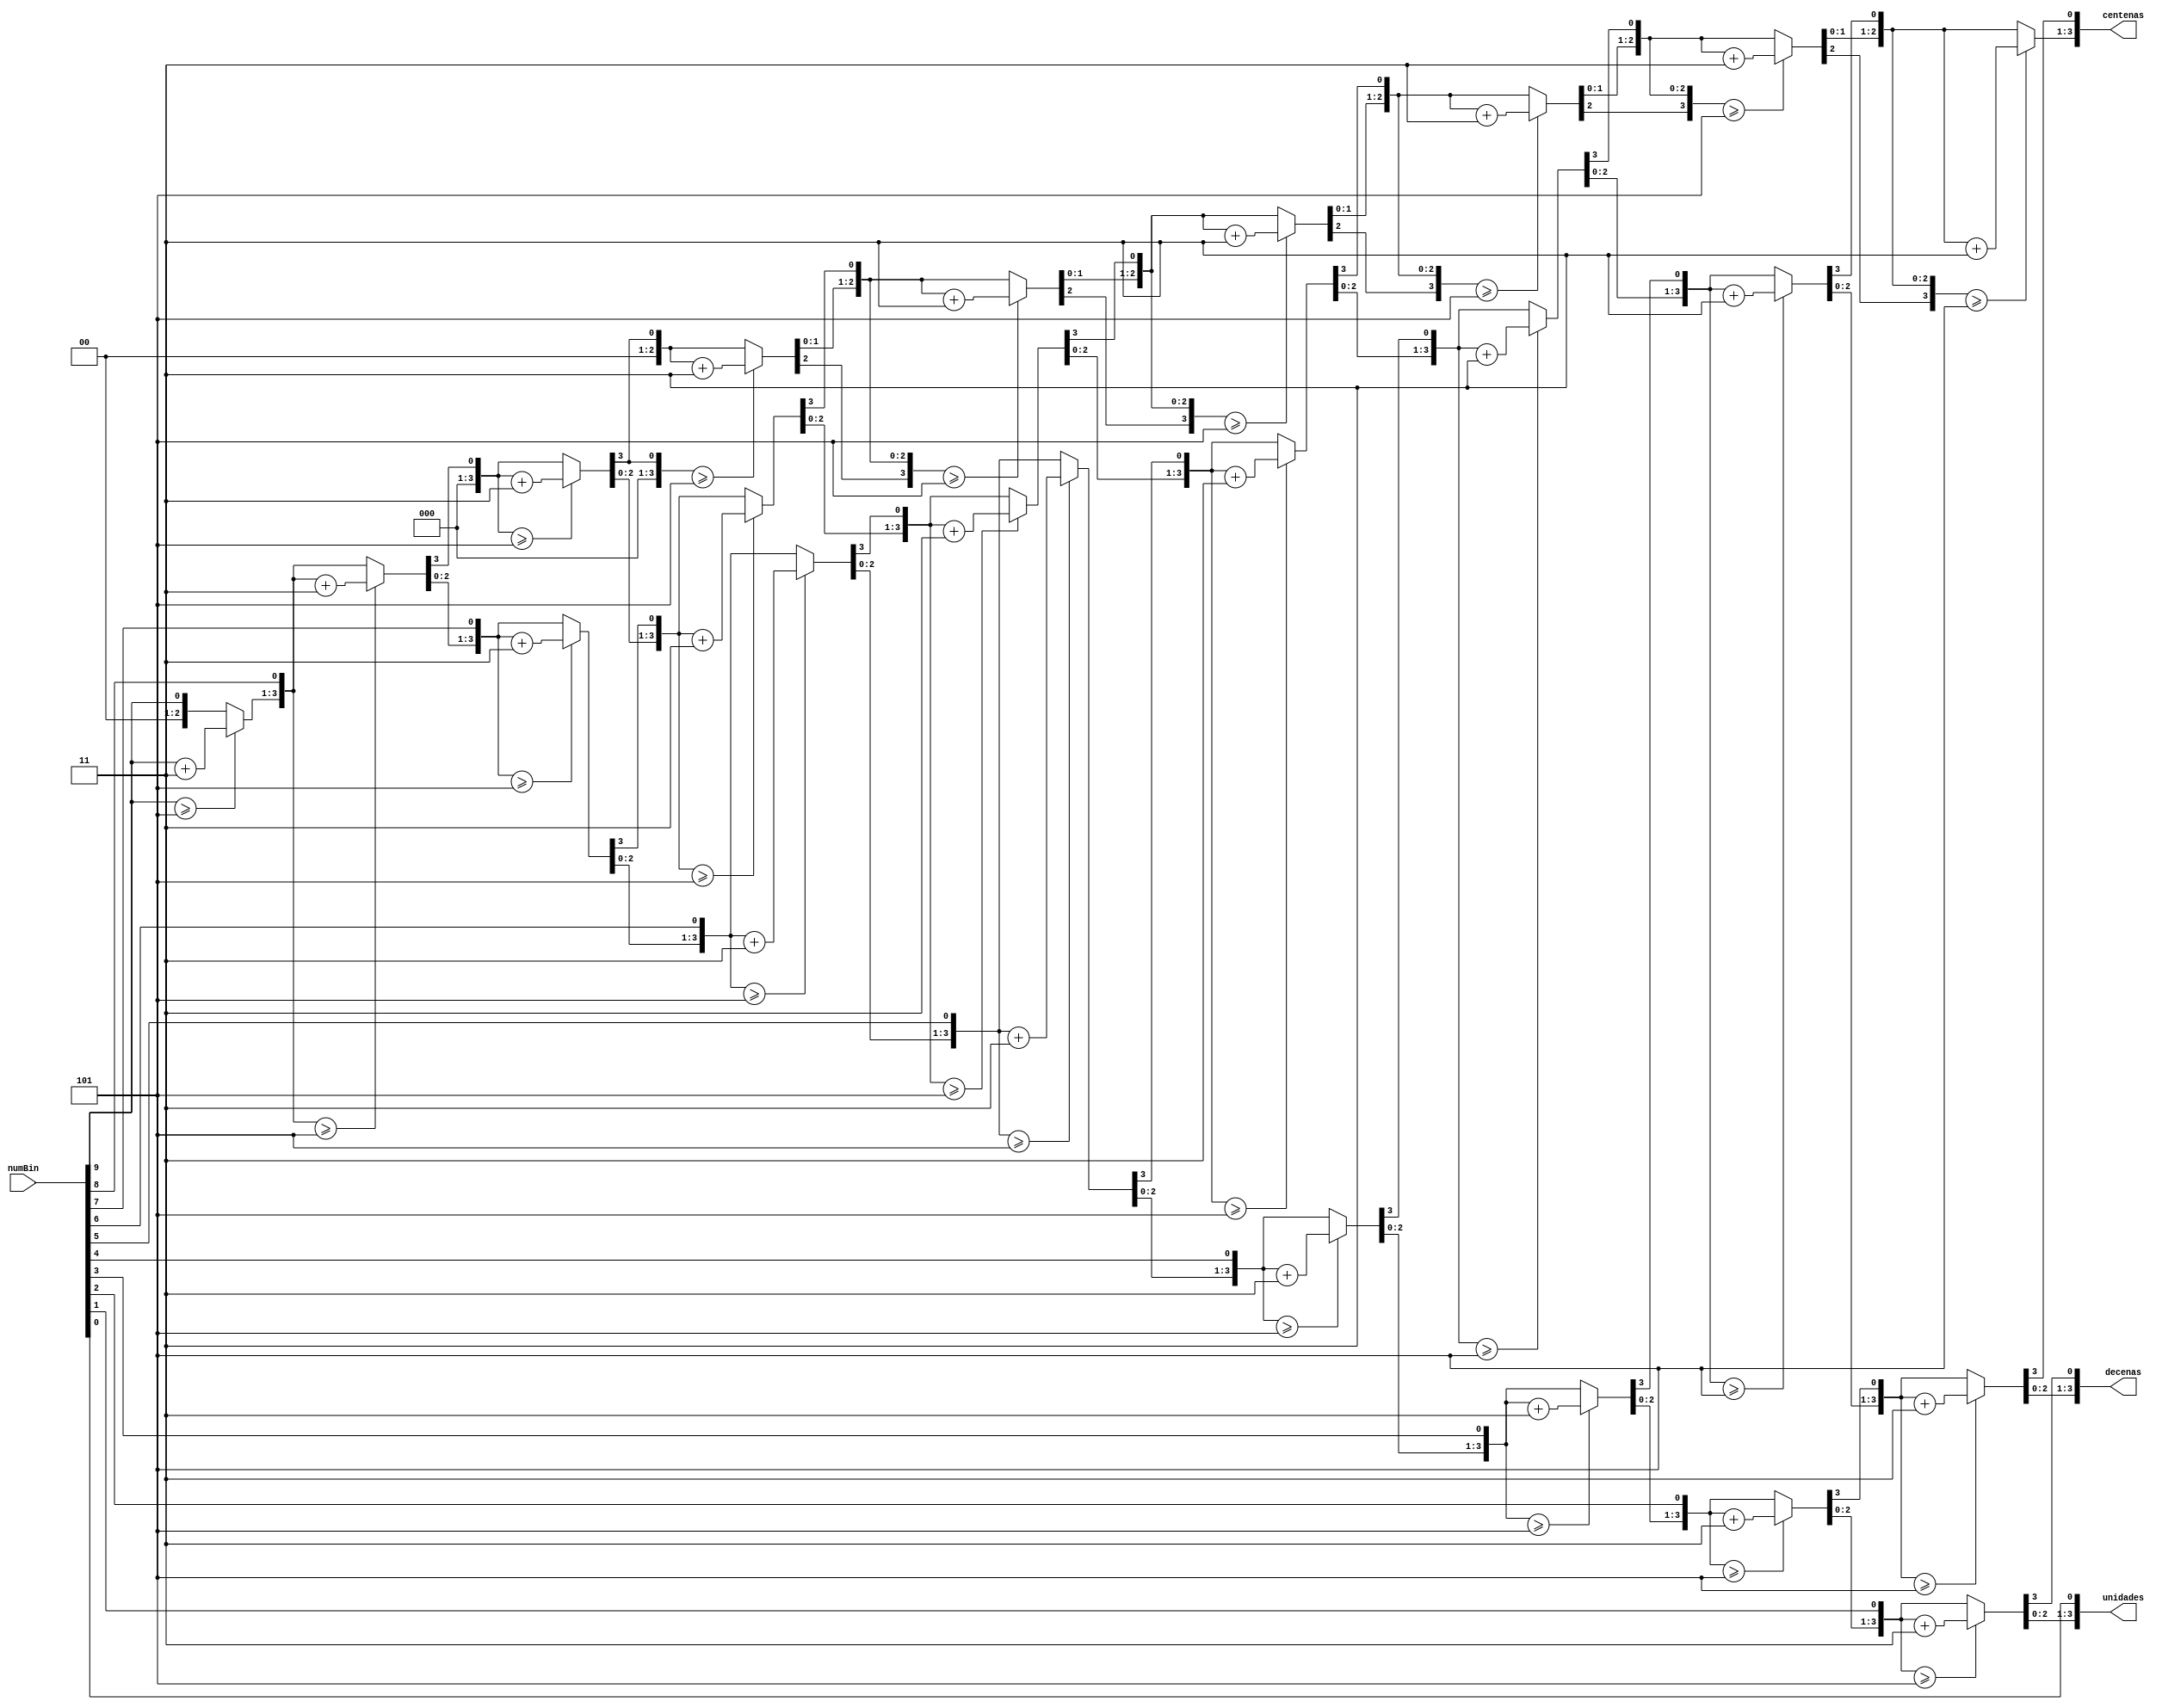
`timescale 1ns / 1ps
/*
	modulo que obtiene el BCD de un numero.
	sirve para 999.
*/
module Bin_to_BCD(
	input [9:0] numBin,
	output reg [3:0] centenas,
	output reg [3:0] decenas,
	output reg [3:0] unidades
);

	integer i;
	always @(numBin) begin
		centenas = 4'd0;
		decenas = 4'd0;
		unidades = 4'd0;
		
		for(i = 9; i >= 0; i = i -1) begin
			if(centenas >= 5)
				centenas = centenas + 3;
			if(decenas >= 5)
				decenas = decenas + 3;
			if(unidades >= 5)
				unidades = unidades + 3;
				
			centenas = centenas << 1;
			centenas[0] = decenas[3];
			decenas = decenas << 1;
			decenas[0] = unidades[3];
			unidades = unidades << 1;
			unidades[0] = numBin[i];
		end
		
		
	end
endmodule